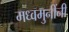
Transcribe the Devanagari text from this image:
मध्वमुनींनी